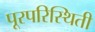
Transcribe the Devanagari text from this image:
पूरपरिस्थिती